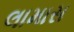
લામાસ